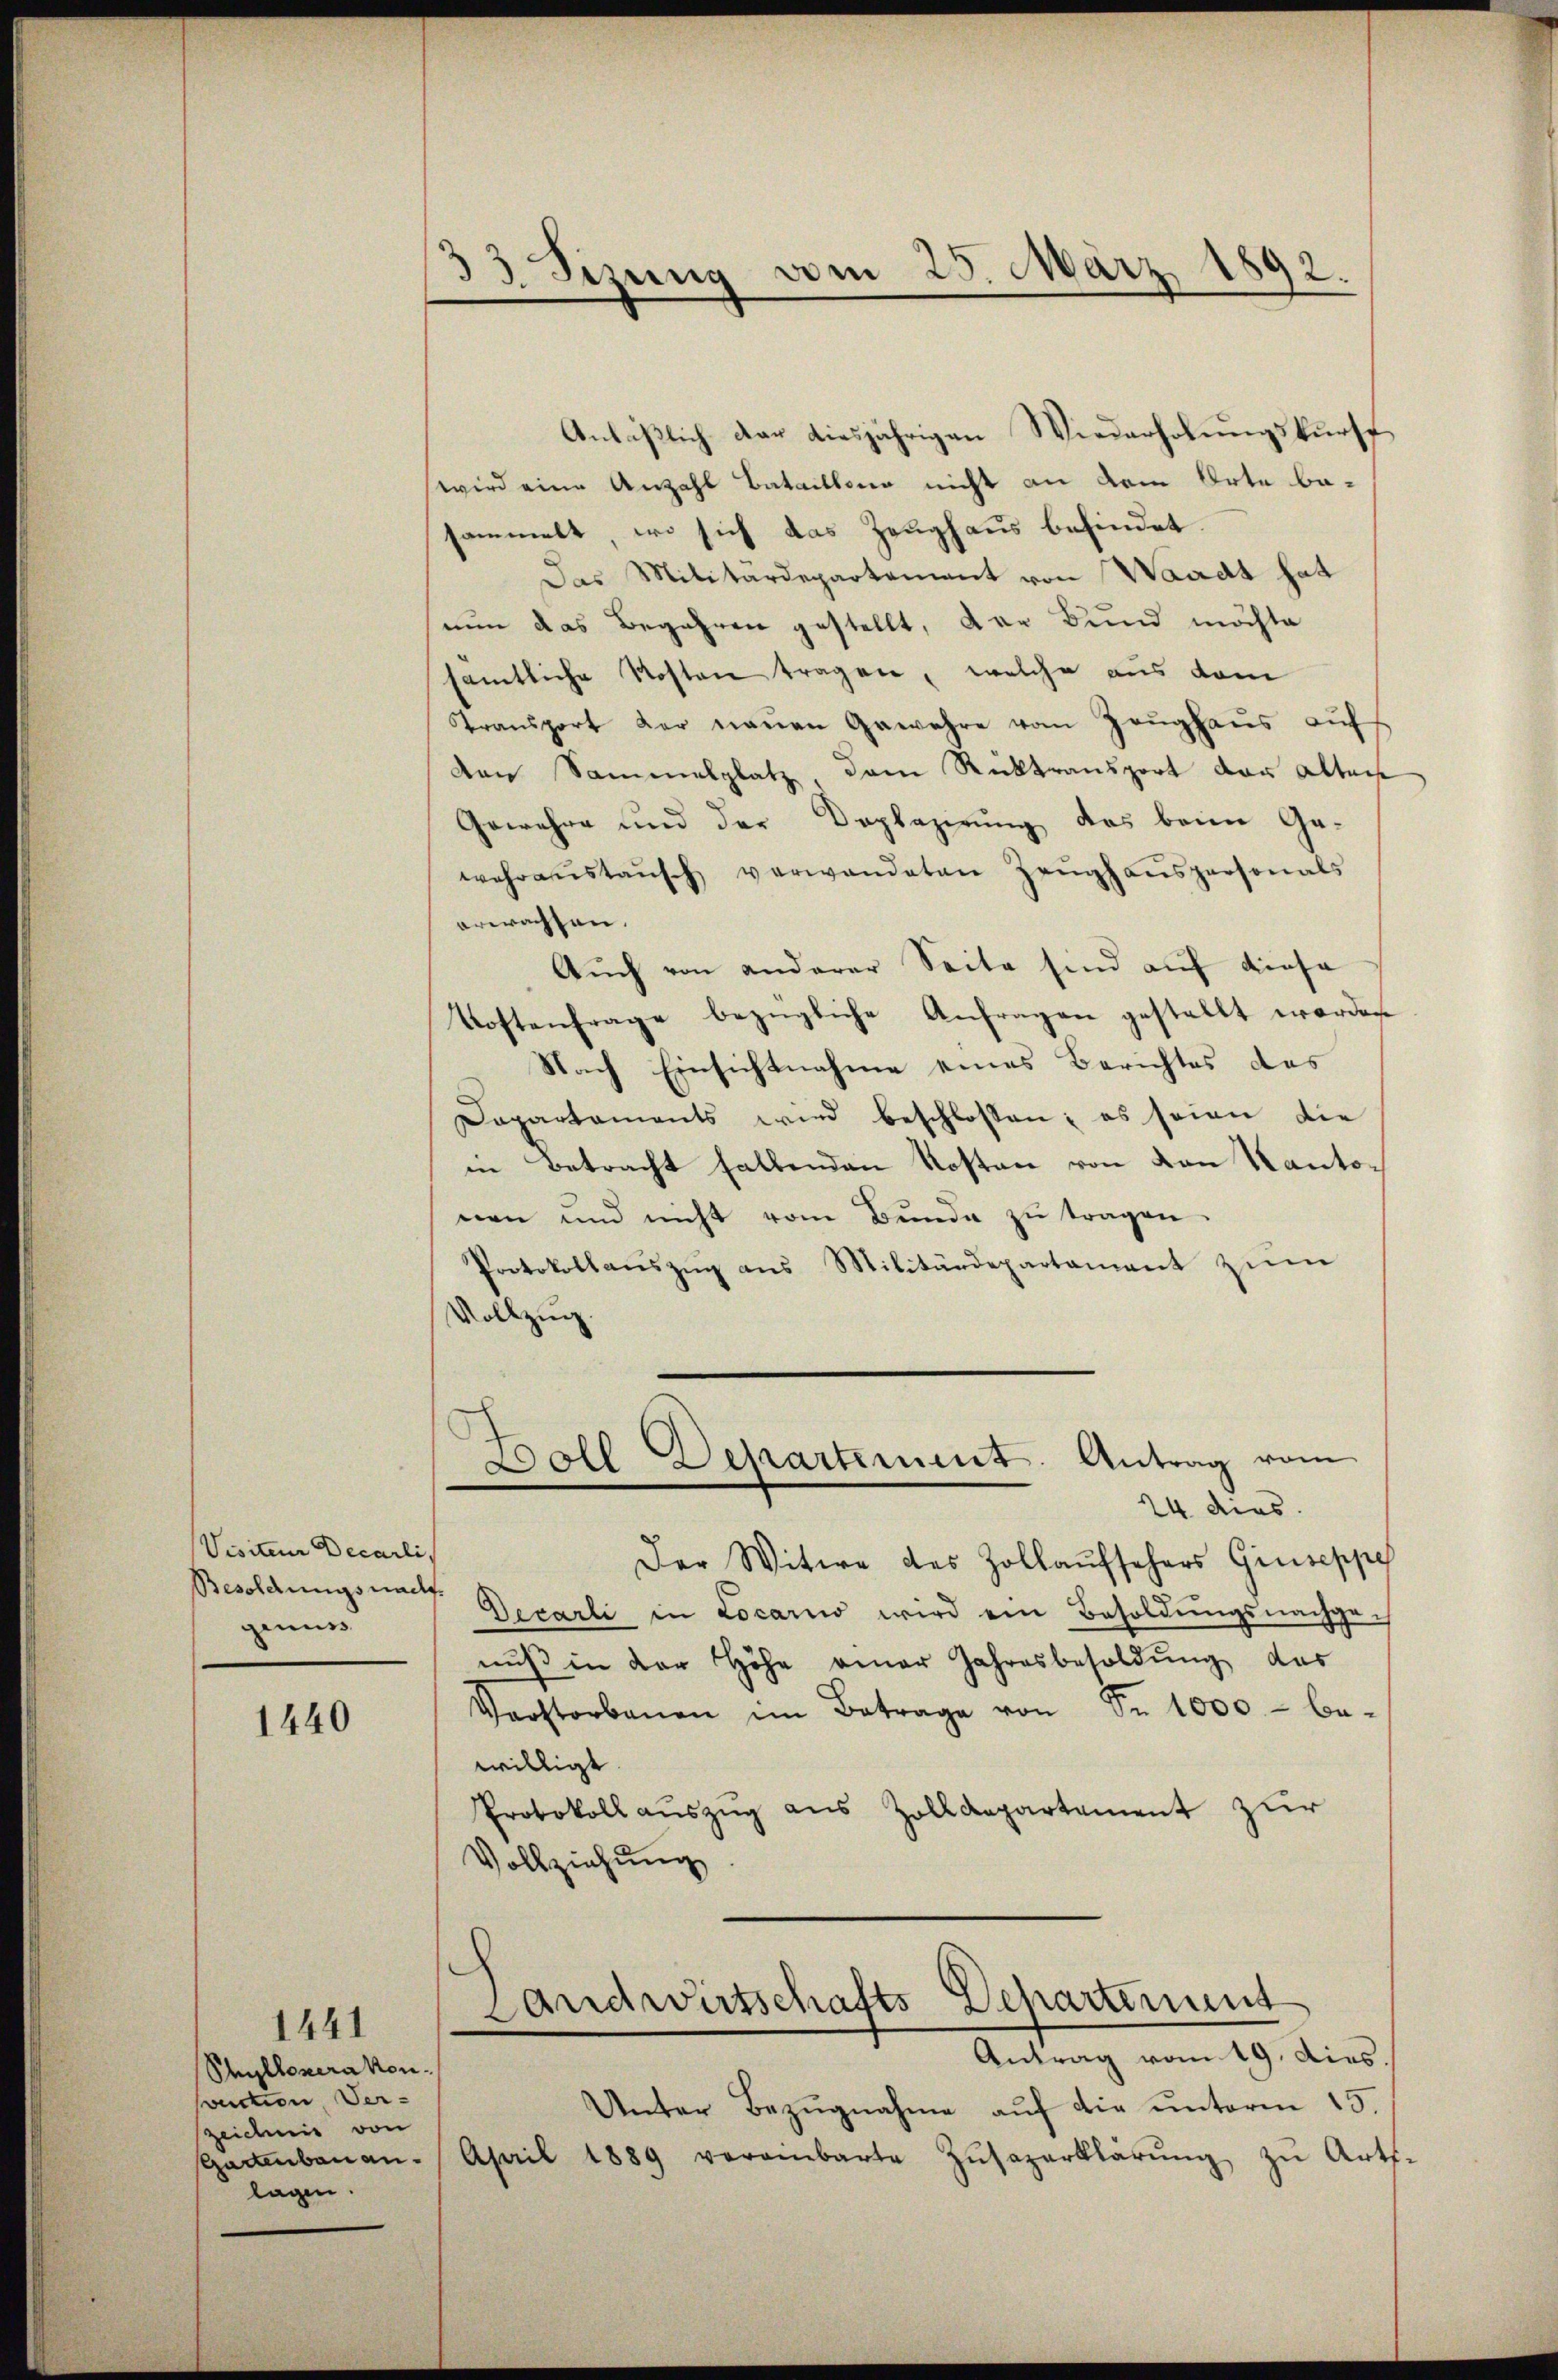
Visiteur Decarli
Besoldungsnachf
genus

1440

1441
Styllonerakonvuction, Ver-
zeichnis von
lagen.

33 Sizung vom 25. März 1892.

Anläßlich der diesjährigen Wiederholungskursf
wird eine Anzahl bataillono nicht an dem Orte basammelt, wo sich das Zeughaus befindet.
Das Militärdepartement von Waadt hat
nun das Begehren gestellt, der Bund möchte
sämtliche Kosten tragen, welche aus dem
Transport der neŭen Gewehre vom Zeŭghaŭs aufs
den Sammelplatz, dem Rücktransport der alten
Gewehre und der Doplazirung das beim Ge-
wahraŭstaŭsch verwandeten Zeŭghaŭspersonals
erwachsen.
Auch von anderer Seite sind auf diese
Kostenfrage bezügliche Anfragen gestellt worden
Nach Einsichtnahme eines Berichtes des
Dapartaments wird beschlossen; es seien die
in Betracht haltenden Kosten von von Kantonen und nicht vom Bunde zu tragen.
Protokollaŭszŭg ans Militärdepartament zŭm
Vollzug
Boll Departement. Antrag vom
24 dies
Der Witwe des Zollaufsehers Giuseppe
Decarli in Locarno wird ein Besoldŭngsnachge-
nuß in der Höhe einer Jahresbesoldung das
Verstorbenen im Betrage von Fr. 1000.- be-
willigt.
Protokoll auszug aus Zolldepartement zur
Vollziehung

Landwirtschafts-Departement
Antrag vom 19. dies.

Unter Bezugnahme auf die unterm 15.
sgartenbauen. April 1889 vereinbarte Zŭsazerklärŭng zu Art.